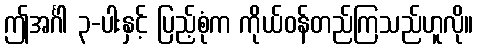
ဤအင်္ဂါ ၃-ပါးနှင့် ပြည့်စုံက ကိုယ်ဝန်တည်ကြသည်ဟူလို။